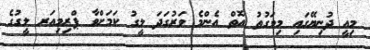
މިއީ ދުނިޔޭގައި މިވަގުތު އޮތް އެންމެ ވަރުގަދަ ލީގު ކަމަށްވާ ޕްރިމިއަރ ލީގުގެ